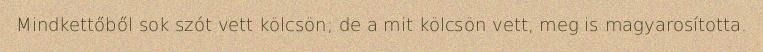
Mindkettőből sok szót vett kölcsön; de a mit kölcsön vett, meg is magyarosította.